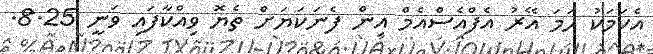
އެކަމަކު ހަމަ އޭރު އެފްއެސްއެމް އިން ފެނަކަޔަށް ތެޔޮ ވިއްކާފައި ވަނީ 8.25.